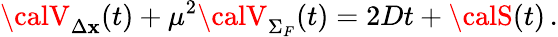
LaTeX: {\calV}_{\Delta\mathbf{x}}(t)+\mu^{2}{\calV}_{\Sigma_{F}}(t)=2Dt+{\calS}(t)\, .